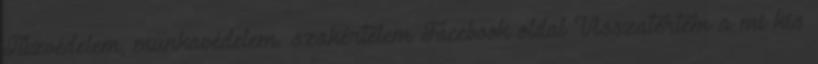
Tűzvédelem, munkavédelem. szakértelem Facebook oldal Visszatértem a mi kis